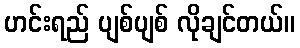
ဟင်းရည် ပျစ်ပျစ် လိုချင်တယ်။